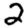
Digit: 2